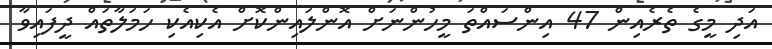
އަދި މީގެ ތެރެއިން 47 އިންސައްތަ މީހުންނަށް އޮންލައިންކޮށް އެކިއެކި ހަމަލާތައް ދީފައިވާ